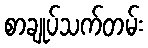
စာချုပ်သက်တမ်း